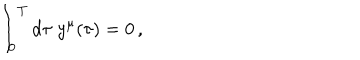
\int _ { 0 } ^ { T } \mathrm { d } \tau \; y ^ { \mu } ( \tau ) = 0 \, ,